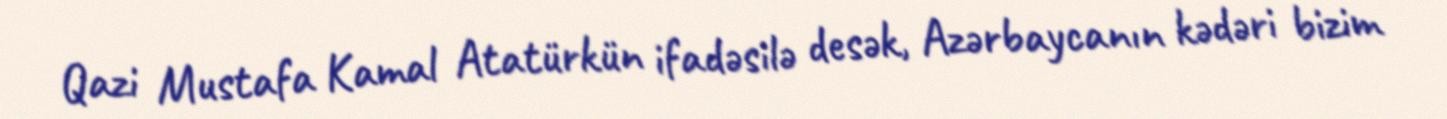
Qazi Mustafa Kamal Atatürkün ifadəsilə desək, Azərbaycanın kədəri bizim